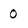
Character: 0